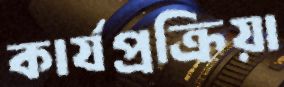
কার্যপ্রক্রিয়া